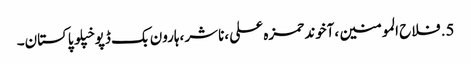
5.	فلاح المومنین ،آخوند حمزہ علی ،ناشر ،ہارون بک ڈپو خپلو پاکستان۔